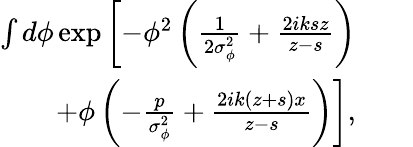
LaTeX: \begin{array}{rlr}{\int d\phi\exp\left[-\phi^{2}\left(\frac{1}{2\sigma_{\phi}^{2}}+\frac{2iksz}{z-s}\right)\right.}&{{}}&{}\\ {\quad\left.+\phi\left(-\frac{p}{\sigma_{\phi}^{2}}+\frac{2ik(z+s)x}{z-s}\right)\right],}&{{}}&{}\end{array}